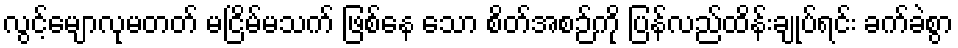
လွင့်မျောလုမတတ် မငြိမ်မသက် ဖြစ်နေ သော စိတ်အစဉ်ကို ပြန်လည်ထိန်းချုပ်ရင်း ခက်ခဲစွာ